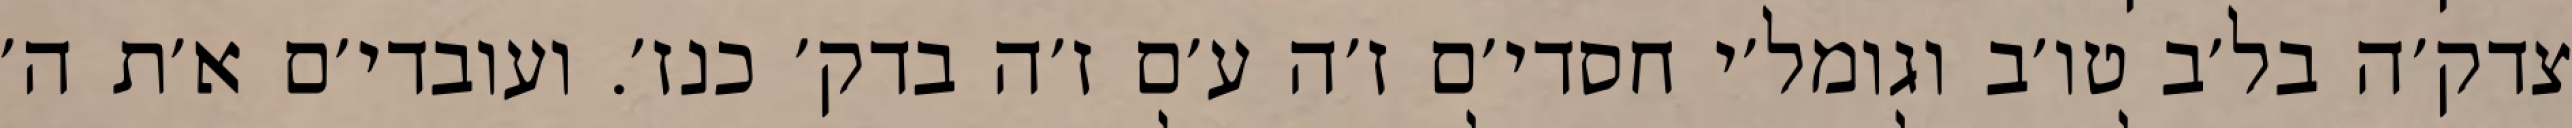
צדק׳ה בל׳ב טו׳ב וגומל׳י חסדי׳ם ז׳ה ע׳ם ז׳ה בדק׳ כנז׳. ועובדי׳ם א׳ת ה׳